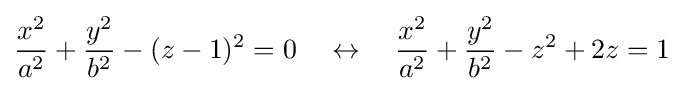
{\frac {x^{2}}{a^{2}}}+{\frac {y^{2}}{b^{2}}}-(z-1)^{2}=0\quad \leftrightarrow \quad {\frac {x^{2}}{a^{2}}}+{\frac {y^{2}}{b^{2}}}-z^{2}+2z=1